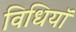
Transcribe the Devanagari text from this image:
विधियॉ